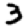
Digit: 3